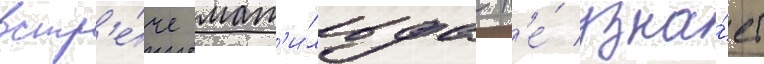
встр'е́че мат'и́льда н'е́ узна́ет